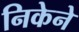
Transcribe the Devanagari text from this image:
निकेने